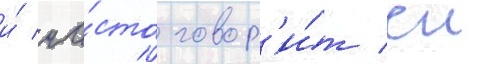
и́ ча́сто говор'и́т еи